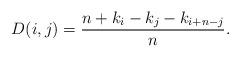
LaTeX: \begin{align*} D(i,j)=\frac{n + k_i - k_j - k_{i+n-j}}{n}.\end{align*}